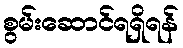
စွမ်းဆောင်ရရှိရန်